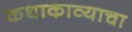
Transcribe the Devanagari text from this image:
कथाकाव्याचा